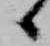
候